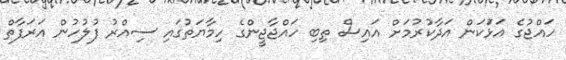
ހައްޖުގެ އަޅުަކަން އަދާކުރުމަށް އައިސް ތިބި ހައްޖާޖީންގެ ހިމާޔަތުގައި ސިއްރު ފުލުހުން އަރަފާތް